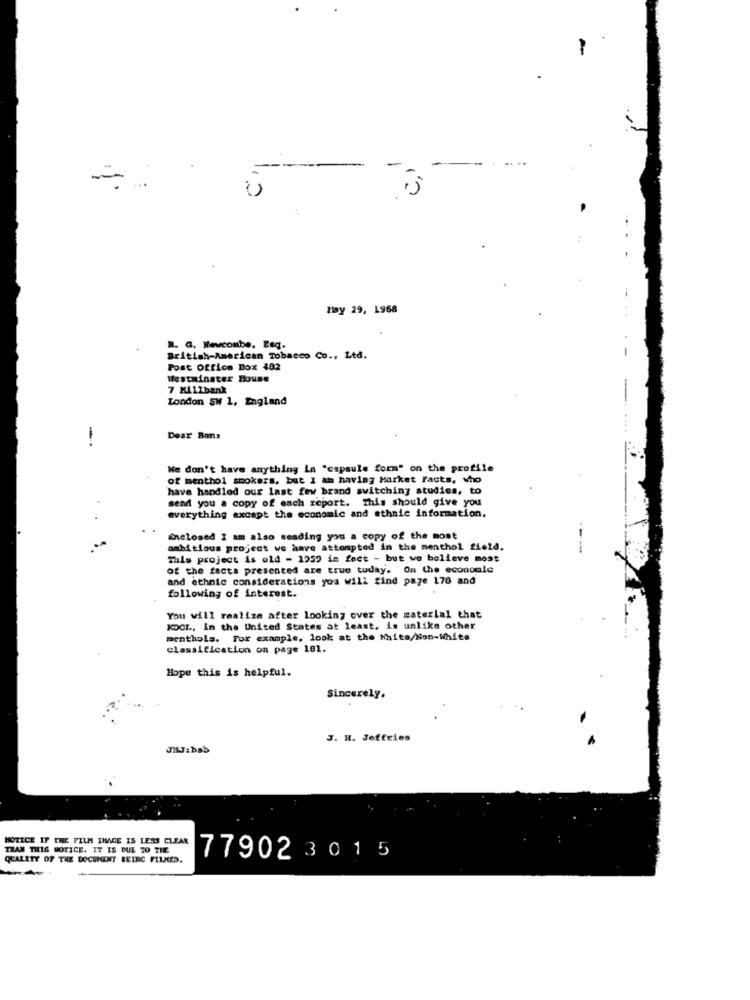
-
my 29, 1968
B. G. Newcombe, Esq.
British-American Tobacco Co ., Ltd.
Post Office Box 482
Nestainater House
7 Millbank
London SW 1, England
-
Dear Bons
We don't have anything in "capsule form" on the profile
of menthol smokers, but I am having Market facts, Who
have handled our last few brand switching studies, to
send you a copy of each report. This should give you
everything axcapt the economic and ethnic information.
Enclosed I am also sending you a copy of the most
ambitious project we have attempted in the menthol field.
---
This project is old - 1959 in fect - but we believe most
of the facts presented are true tuday. On the economic
and ethnic considerations you will find page 178 and
following of interest.
You will realize after looking over the material that
KOOL, in the United States at least, is unlike other
menthols. For example, look at the White/Non-White
classification on page 181.
Hope this is helpful.
Sincerely.
J. H. Jeffries
JILJabab
NOTICE IF THE FILM THAGE IS LESS CLEAN
THAN THIS NOTICE. IT IS DUE 20 THE
QUALITY OF THE DOCUMENT BEING FILMED.
77902 3 015